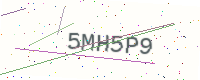
Text: 5MH5P9